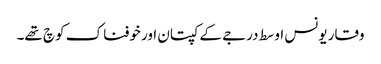
وقار یونس اوسط درجے کے کپتان اور خوفناک کوچ تھے۔